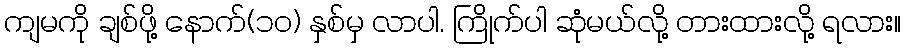
ကျမကို ချစ်ဖို့ နောက်(၁၀) နှစ်မှ လာပါ. ကြိုက်ပါ ဆုံမယ်လို့ တားထားလို့ ရလား။